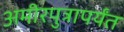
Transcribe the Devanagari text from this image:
अमीरपुत्रापर्यंत